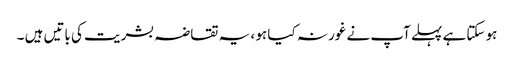
ہو سکتا ہے پہلے آپ نے غور نہ کیا ہو ، یہ تقاضہ بشریت کی باتیں ہیں ۔